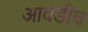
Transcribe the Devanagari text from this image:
आवडीच